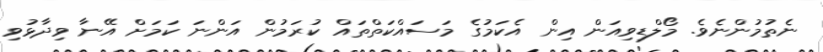
ނެތުމުންނެވެ. މޯލްޑިވިއަން އިން އެކަމުގެ މަސައްކަތްތައް ކުރަމުން އަންނަ ކަމަށް އޭނާ ވިދާޅުވި